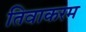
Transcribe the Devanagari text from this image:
तिवाकरम